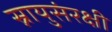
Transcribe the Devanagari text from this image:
स्नायुसंरक्षी